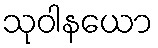
သုဝါနယော